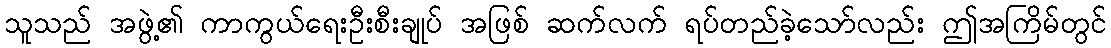
သူသည် အဖွဲ့၏ ကာကွယ်ရေးဦးစီးချုပ် အဖြစ် ဆက်လက် ရပ်တည်ခဲ့သော်လည်း ဤအကြိမ်တွင်